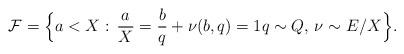
LaTeX: \begin{align*}\mathcal{F}=\Bigl\{a<X:\, \frac{a}{X}=\frac{b}{q}+\nu(b,q)=1q\sim Q,\,\nu\sim E/X\Bigr\}.\end{align*}